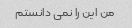
من این را نمی دانستم